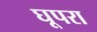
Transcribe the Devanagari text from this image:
घूपरा